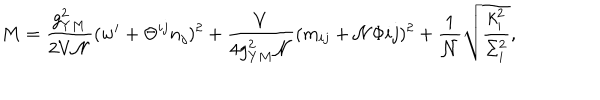
M = \frac { g _ { Y M } ^ { 2 } } { 2 V { \cal N } } ( w ^ { i } + \Theta ^ { i j } n _ { j } ) ^ { 2 } + \frac { V } { 4 g _ { Y M } ^ { 2 } { \cal N } } ( m _ { i j } + { \cal N } \Phi { i j } ) ^ { 2 } + \frac { 1 } { \cal N } \sqrt { \frac { k _ { i } ^ { 2 } } { \Sigma _ { i } ^ { 2 } } } ,